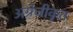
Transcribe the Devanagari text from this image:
अंग्रेजीकृत